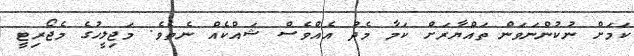
ކަމަށް ނުކުންނަވަން ތައްޔާރަށް ކަމާ މެދު އެއްވެސް ޝައްކެއް ނެތެވެ. މަޖިލީހުގެ މެޖޯރިޓީ